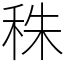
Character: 秼